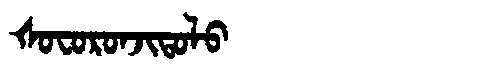
Manchu: ᡧᠣᠸᠣᡵᠣᠨᠵᡳᡨᠣᠯᠣ
Romanization: ŠOFORONJITOLO